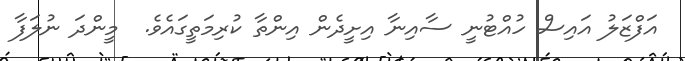
އަފްޒަލު އައިސް ހުއްްޓުނީ ސާއިނާ އިށީދެން އިންތާ ކުރިމަތީގައެވެ.  މީންދަ ނުލަފާ